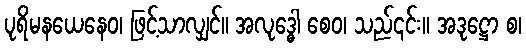
ပုရိမနယေနေဝ၊ ဖြင့်သာလျှင်။ အလုဒ္ဓေါ စေဝ၊ သည်၎င်း။ အဒုဋ္ဌော စ၊